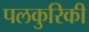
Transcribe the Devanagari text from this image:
पलकुरिकी